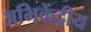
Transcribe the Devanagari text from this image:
अभिकेंद्रीय